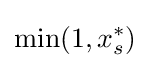
\min(1,x_{s}^{*})